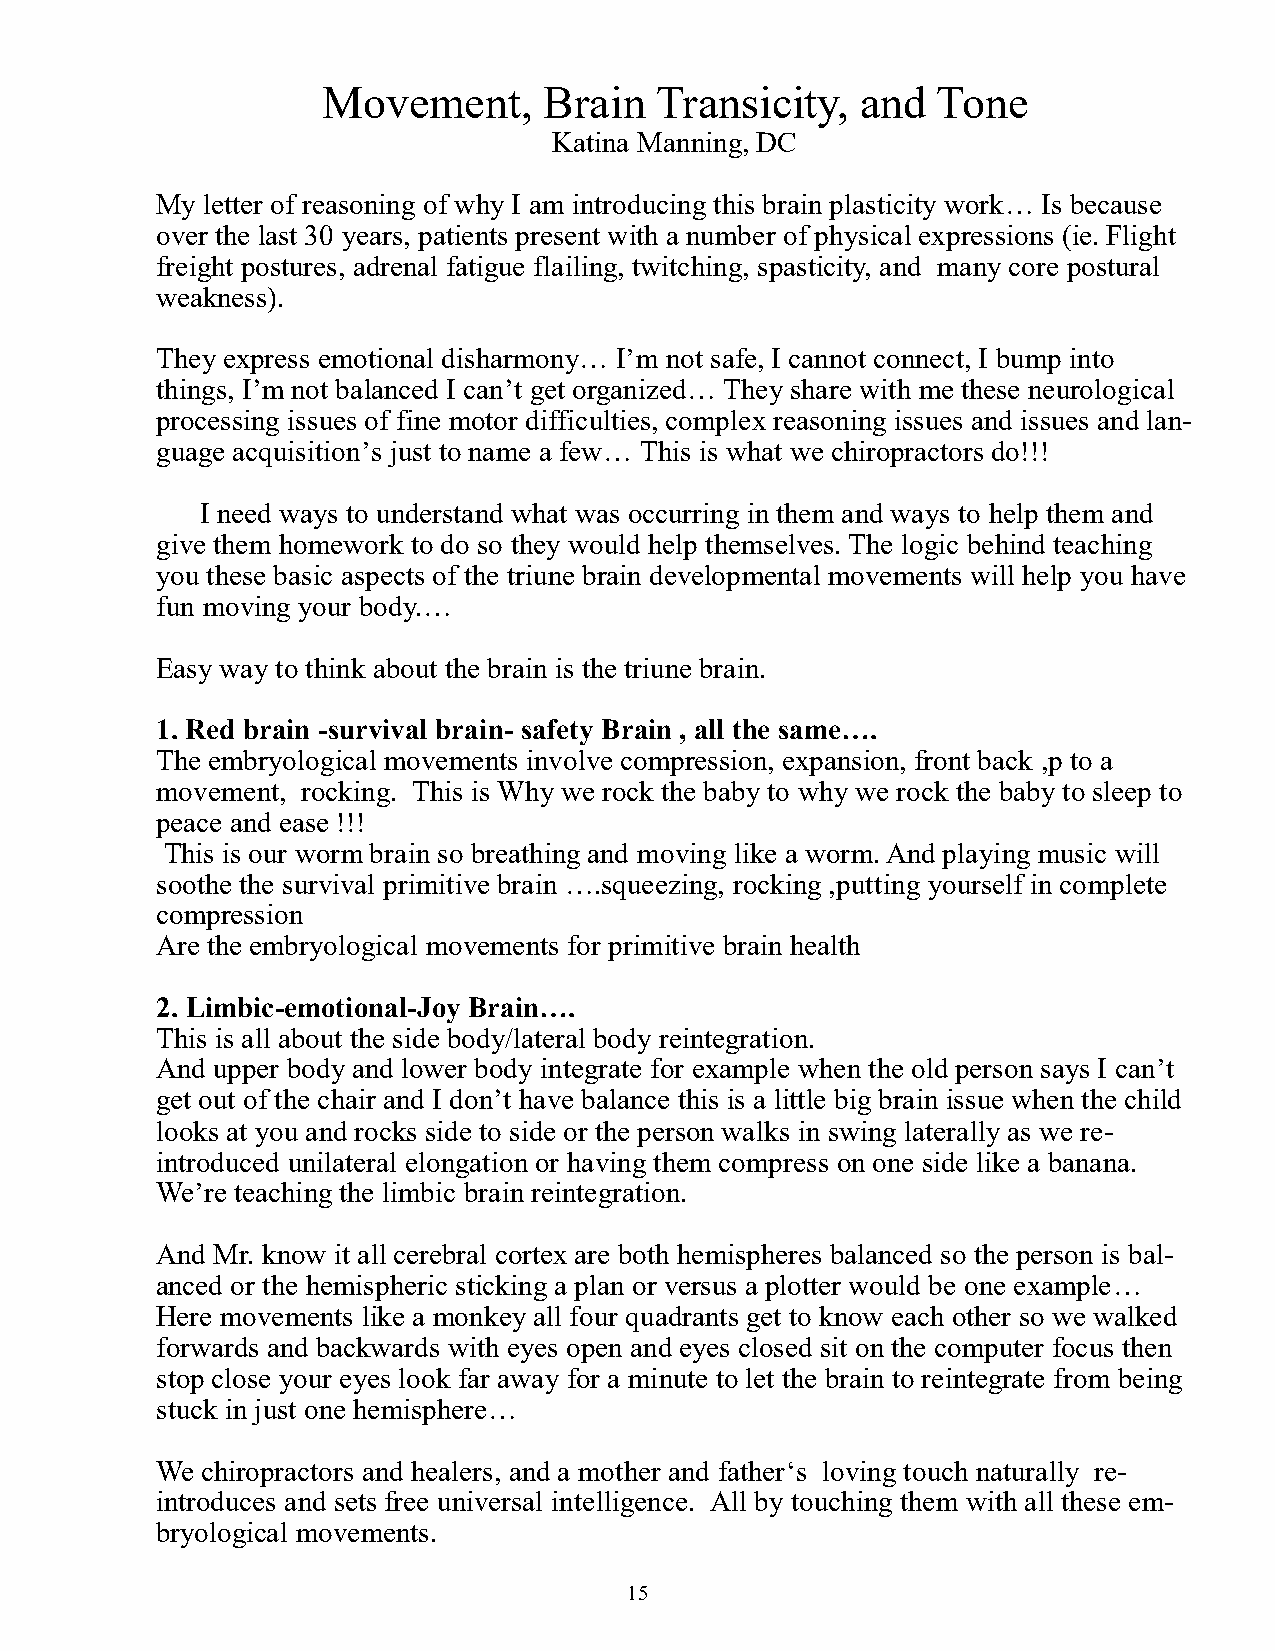
Movement,      Brain  Transicity,   and  Tone
 Katina Manning, DC
 My  letter of reasoning of why I am introducing this brain plasticity work… Is because
 over the last 30 years, patients present with a number of physical expressions (ie. Flight
 freight postures, adrenal fatigue flailing, twitching, spasticity, and many core postural
 weakness).
 They express emotional disharmony… I’m not safe, I cannot connect, I bump into
 things, I’m not balanced I can’t get organized… They share with me these neurological
 processing issues of fine motor difficulties, complex reasoning issues and issues and lan-
 guage acquisition’s just to name a few… This is what we chiropractors do!!!
 I need ways to understand what was occurring in them and ways to help them and
 give them homework to do so they would help themselves. The logic behind teaching
 you these basic aspects of the triune brain developmental movements will help you have
 fun moving your body.…
 Easy way to think about the brain is the triune brain.
 1. Red brain -survival brain- safety Brain , all the same….
 The embryological movements involve compression, expansion, front back ,p to a
 movement, rocking. This is Why we rock the baby to why we rock the baby to sleep to
 peace and ease !!!
 This is our worm brain so breathing and moving like a worm. And playing music will
 soothe the survival primitive brain ….squeezing, rocking ,putting yourself in complete
 compression
 Are the embryological movements for primitive brain health
 2. Limbic-emotional-Joy Brain….
 This is all about the side body/lateral body reintegration.
 And upper body and lower body integrate for example when the old person says I can’t
 get out of the chair and I don’t have balance this is a little big brain issue when the child
 looks at you and rocks side to side or the person walks in swing laterally as we re-
 introduced unilateral elongation or having them compress on one side like a banana.
 We’re teaching the limbic brain reintegration.
 And Mr. know it all cerebral cortex are both hemispheres balanced so the person is bal-
 anced or the hemispheric sticking a plan or versus a plotter would be one example…
 Here movements like a monkey all four quadrants get to know each other so we walked
 forwards and backwards with eyes open and eyes closed sit on the computer focus then
 stop close your eyes look far away for a minute to let the brain to reintegrate from being
 stuck in just one hemisphere…
 We chiropractors and healers, and a mother and father‘s loving touch naturally re-
 introduces and sets free universal intelligence. All by touching them with all these em-
 bryological movements.
 15